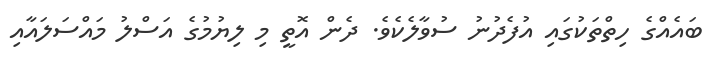
ބައެއްގެ ހިތްތަކުގައި އުފެދުނު ސުވާލެކެވެ. ދެން އޮތީ މި ލިޔުމުގެ އަސްލު މައްސަލައާއި